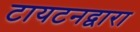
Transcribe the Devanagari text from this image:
टायटनद्वारा